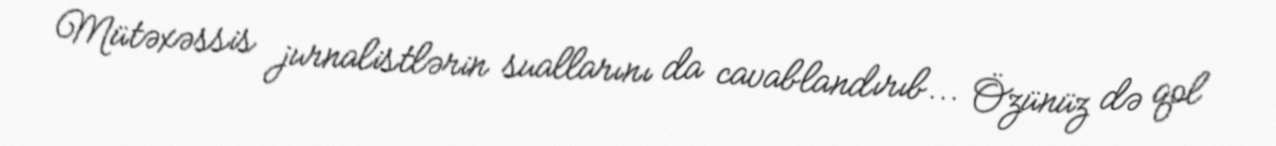
Mütəxəssis jurnalistlərin suallarını da cavablandırıb... Özünüz də qol